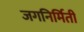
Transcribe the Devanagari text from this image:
जगनिर्मिती